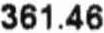
361.46